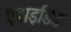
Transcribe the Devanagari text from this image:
एबाइडिड